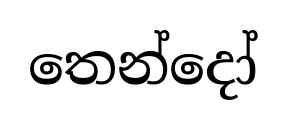
තෙන්දෝ